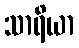
သာရိယာ